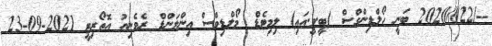
--/2020/022 ބަނީ ހޯލްޑިންގްސް (ބީ.ވީ.އައި) ލިމިޓެޑް	 މޯލްޑިވްސް އިންލަންޑް ރެވެނިއު އޮތޯރިޓީ 2021-09-23